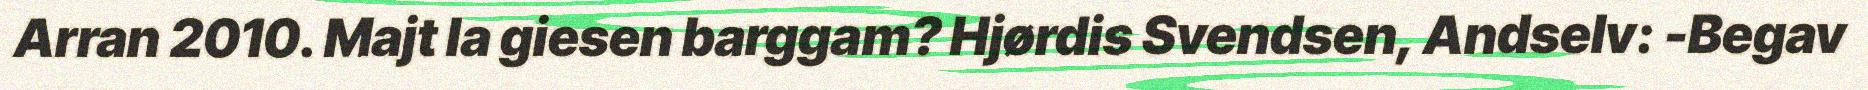
Arran 2010. Majt la giesen barggam? Hjørdis Svendsen, Andselv: -Begav